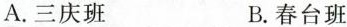
A.三庆班 B.春台班